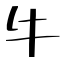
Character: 牛